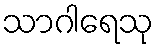
သာဂါရေသု